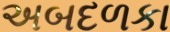
અબદળકા